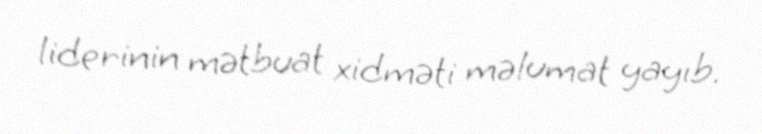
liderinin mətbuat xidməti məlumat yayıb.